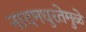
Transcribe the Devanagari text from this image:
नादमधुरतेमुळे